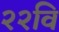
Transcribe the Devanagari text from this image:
२२वि